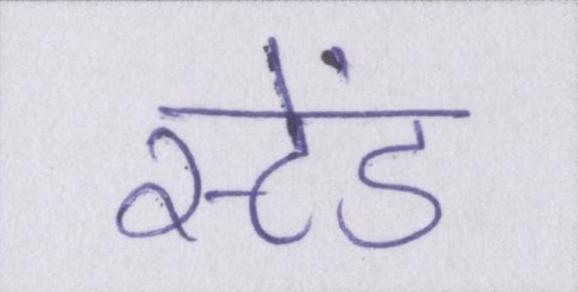
स्टेंड